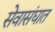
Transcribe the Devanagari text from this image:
सेवासंघात